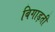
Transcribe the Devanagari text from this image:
बिगाड़ती